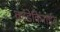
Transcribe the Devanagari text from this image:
काडेकिराईत